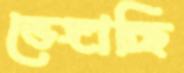
ভেঙ্গাচ্ছি